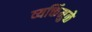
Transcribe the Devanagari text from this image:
व्यक्तिंमुळे